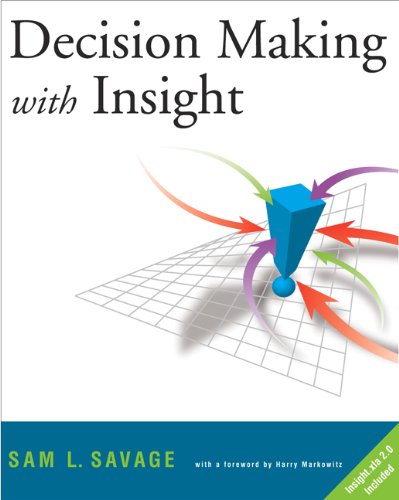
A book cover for Decision Making with Insight (with Insight.xla 2.0 and CD-ROM); Sam L. Savage; Business & Money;